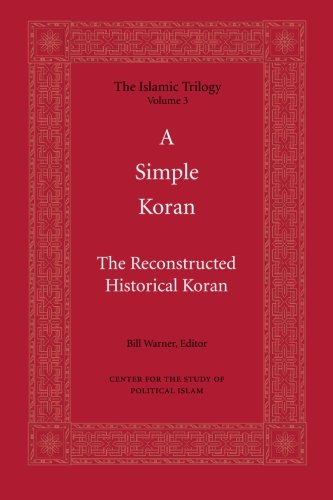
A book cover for A Simple Koran: Readable and Understandable (The Islamic Trilogy Series, Vol. 3); Religion & Spirituality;